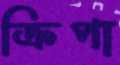
ক্রিপা